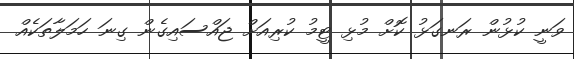
ވަނީ ކުޅުން ރަނގަޅު ކޮށް މުޅި ޓީމު ކުރިއަށް ޖައްސައިގެން ގިނަ ހަމަލާތަކެއް